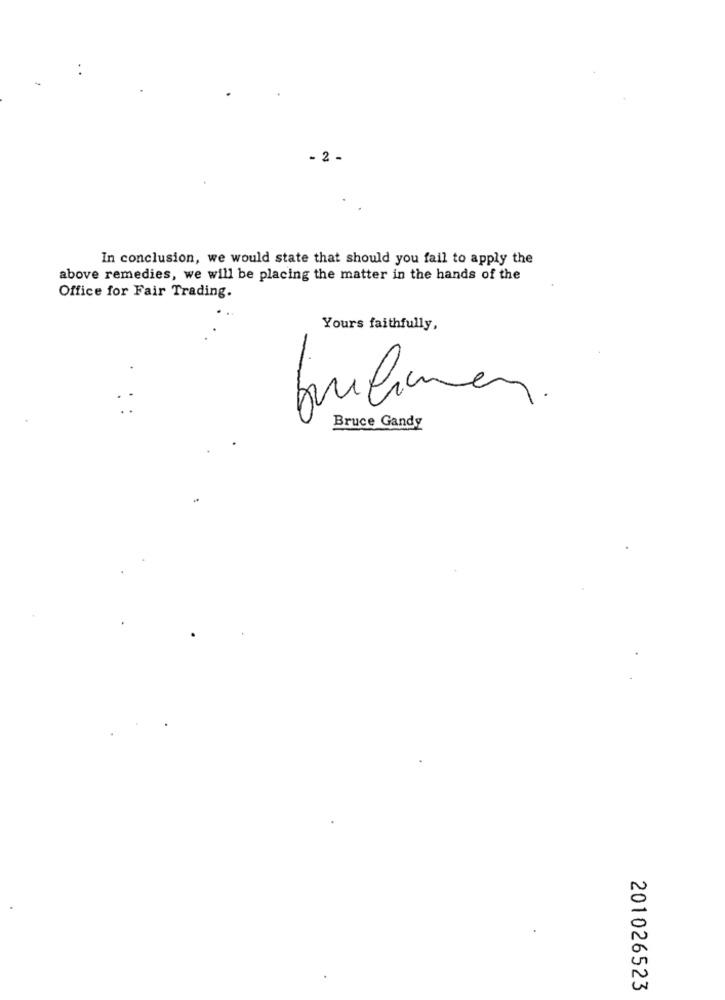
- 2 -
In conclusion, we would state that should you fail to apply the
above remedies, we will be placing the matter in the hands of the
Office for Fair Trading.
Yours faithfully,
Bruce Gandy
201026523